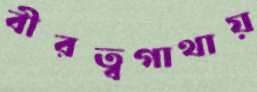
বীরত্বগাথায়